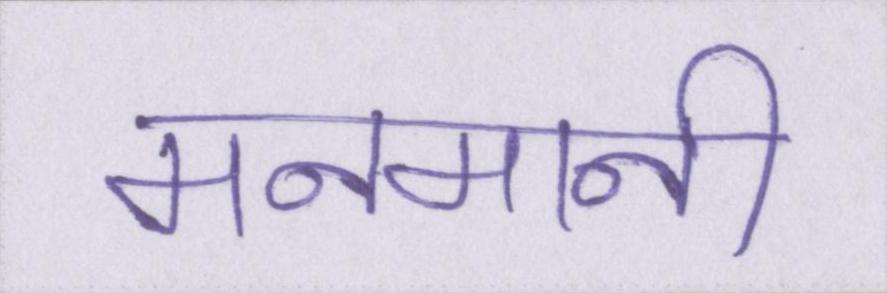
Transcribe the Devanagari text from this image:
मनमानी